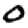
Digit: 0